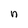
Character: n